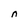
Character: n